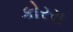
કોરરા